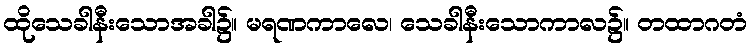
ထိုသေခါနီးသောအခါ၌။ မရဏကာလေ၊ သေခါနီးသောကာလ၌။ တထာဂတံ